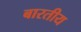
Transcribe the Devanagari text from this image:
बारतीय